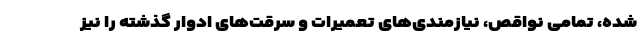
شده، تمامی نواقص، نیازمندی‌های تعمیرات و سرقت‌های ادوار گذشته را نیز